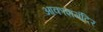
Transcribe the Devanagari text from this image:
आकाशमंदिर